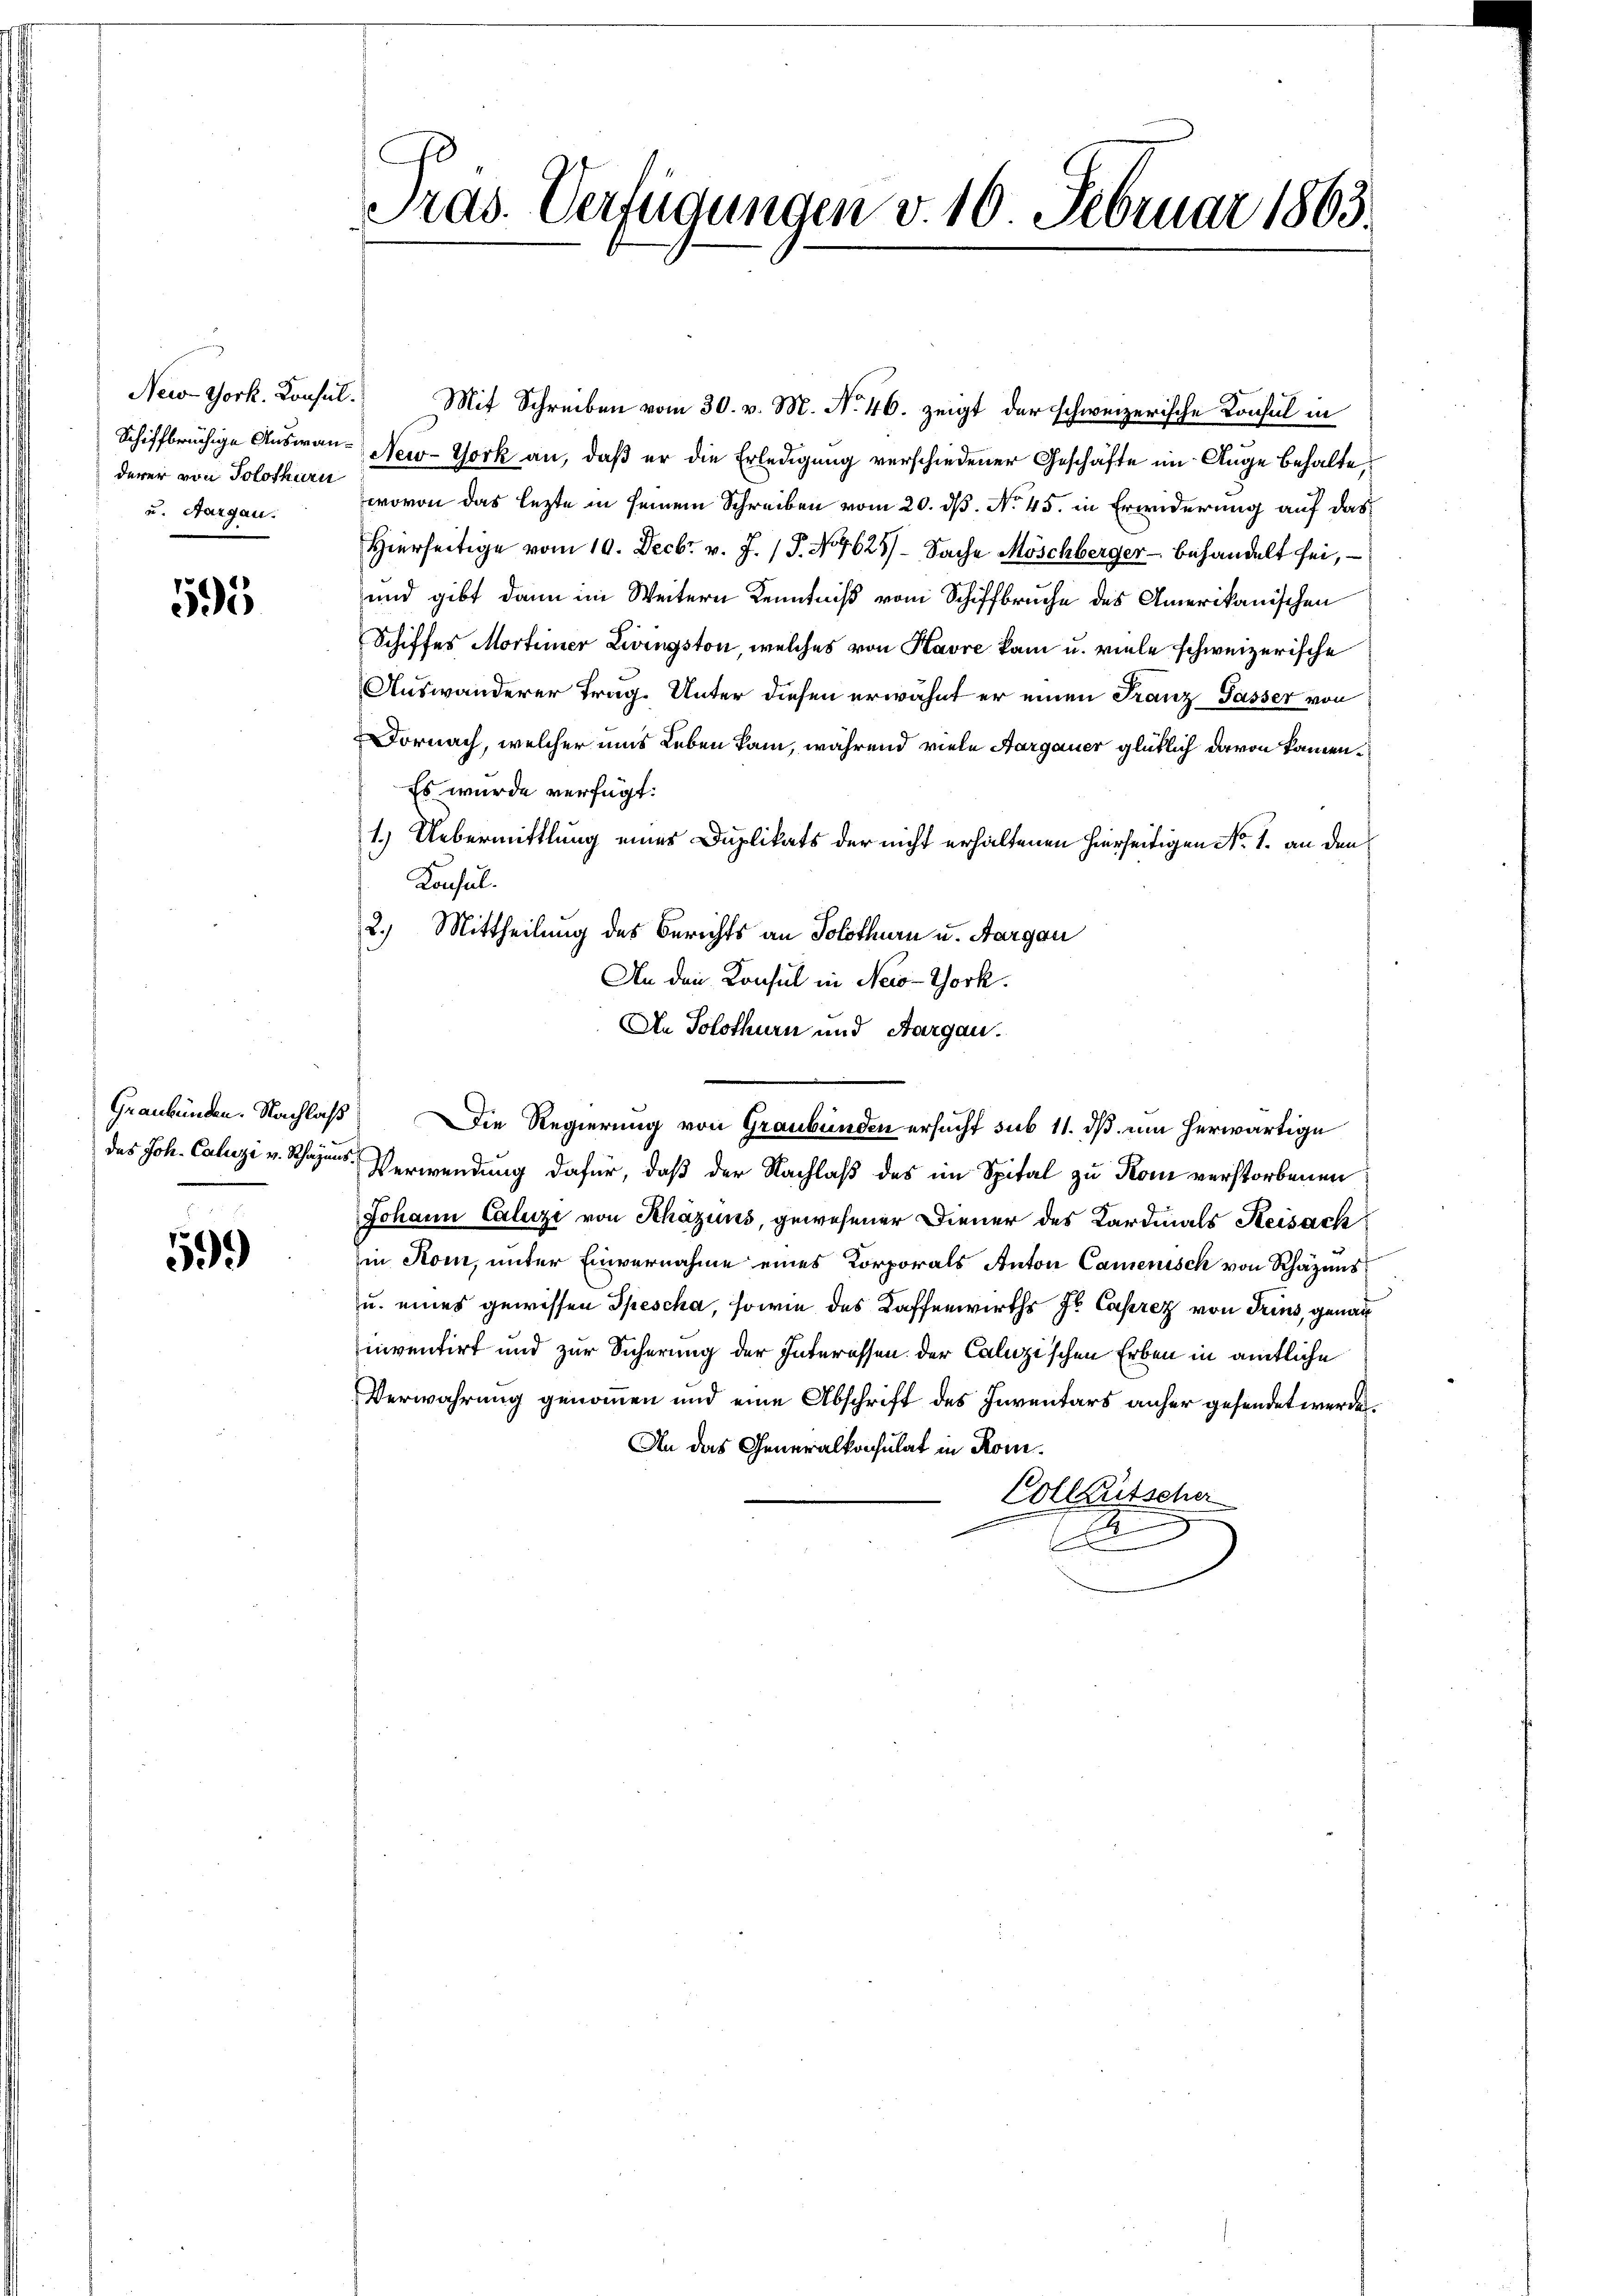
derer von Solothurn
ud Aargau.

595

New-York. Konsul. Mit Schreiben vom 30. v. M. No. 46. zeigt der schweizerische Konsul in
Schiffbrüchige Auswan- New-York an, daβ er die Erledigung verschiedener Geschäfte im Auge behalte,
wovon das lezte in seinem Schreiben vom 20. ds. No. 45. in Erwiderung auf das
Hierseitige vom 10. Decbr. v. J. J. N. 4625)- Sache Möschberger- behandelt sei,
und gibt dann im Weitern Kenntniß vom Schiffbruche des Amerikanischen
Schiffes Morteiner Zivingston, welches von Havre kam u. viele schweizerische
Auswanderer Trag. Unter diesen erwähnt er einen Franz Passer von
Dornach, welcher ums Leben kam, während viele Aargauer glücklich davon kamen¬
Es wurde verfügt:
1.) Uebermittlung eines Duplikats der nicht erhaltenen hierseitigen No. 1. an den
Konsul
2.) Mittheilung des Berichts an Solothurn u. Aargau
An den Konsul in New-York.
An Solothurn und Aargau.
Graubünden. Nachlaß Die Regierung von Graubünden ersucht sub 11. ds um herwärtige
das Joh. Calizi v. Schaus Verwendung dafür, daß der Nachlaß des im Spital zu Rom verstorbenen
Johann Calizi von Rhazuns, gewesener Diener des Kardinals Reisach
in Kom, unter Einvernahme eines Korporals Anton Camenisch von Rhazens
u. eines gewissen Spescha, sowie des Kaffenwirths Hr. Caprez von Tries, genau
inventirt und zur Sicherung der Interessen der Calizischen Erben in amtliche
Verwahrung genommen und eine Abschrift des Inventars anher gesendet werden
An das Generalkonsulat in Kom¬
Colleutscher
.

.

Pras. Verfügungen v. 10 Februar 1863.